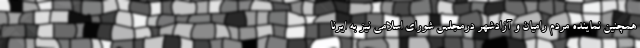
همچنین نماینده مردم رامیان و آزادشهر درمجلس شورای اسلامی نیز به ایرنا